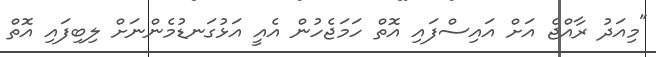
"މިއަދު ރާއްޖެ އަށް އައިސްފައި އޮތް ހަމަޖެހުން އެއީ އަޅުގަނޑުމެންނަށް ލިބިފައި އޮތް